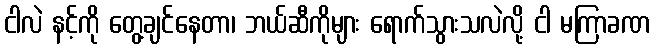
ငါလဲ နင့်ကို တွေ့ချင်နေတာ၊ ဘယ်ဆီကိုများ ရောက်သွားသလဲလို့ ငါ မကြာခဏ